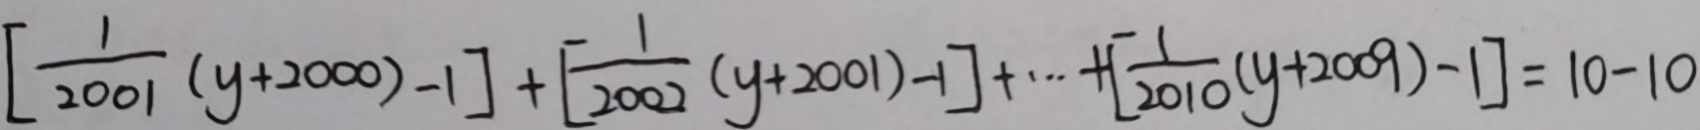
[ \frac { 1 } { 2 0 0 1 } ( y + 2 0 0 0 ) - 1 ] + [ \frac { 1 } { 2 0 0 2 } ( y + 2 0 0 1 ) - 1 ] + \cdots + [ \frac { 1 } { 2 0 1 0 } ( y + 2 0 0 9 ) - 1 ] = 1 0 - 1 0